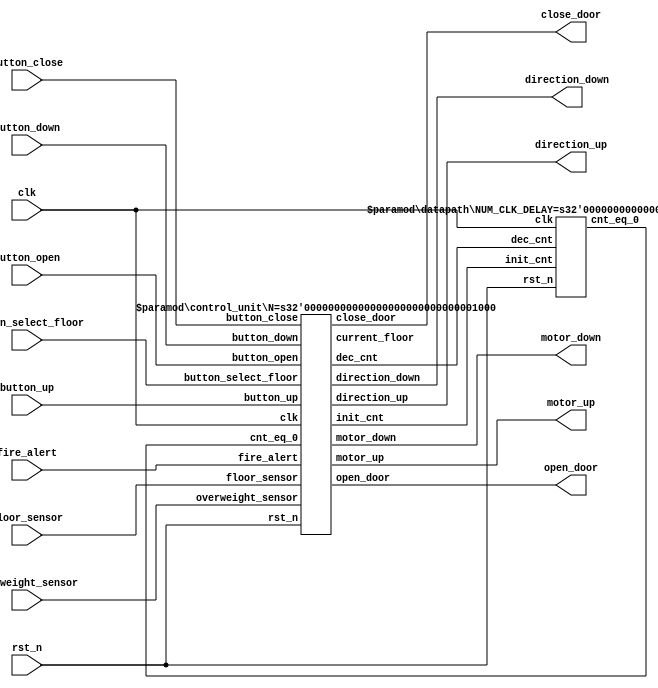
module elevator_controller #(
  parameter N = 8,
  parameter NUM_CLK_DELAY = 1024
  )(
  input                    clk,    // Clock
  input                    rst_n,  // Asynchronous reset active low
  input  [N-1:0]           button_up,
  input  [N-1:0]           button_down,
  input                    button_close,
  input                    button_open,
  input  [N-1:0]           button_select_floor,
  input  [N-1:0]           floor_sensor,
  input                    overweight_sensor,
  input                    fire_alert,
  output                   close_door,
  output                   open_door,
  output                   motor_up,
  output                   motor_down,
  output                   direction_up,
  output                   direction_down
);
wire cnt_eq_0, dec_cnt, init_cnt;
wire [2:0] current_floor;

control_unit #(.N(N)) control_dut(
.clk                (clk),
.rst_n              (rst_n),
.button_up          (button_up),
.button_down        (button_down),
.button_close       (button_close),
.button_open        (button_open),
.button_select_floor(button_select_floor),
.floor_sensor       (floor_sensor),
.overweight_sensor  (overweight_sensor),
.fire_alert         (fire_alert),
.cnt_eq_0           (cnt_eq_0),
.close_door         (close_door),
.open_door          (open_door),
.current_floor      (current_floor),
.motor_up           (motor_up),
.motor_down         (motor_down),
.direction_up       (direction_up),
.direction_down     (direction_down),
.dec_cnt            (dec_cnt),
.init_cnt           (init_cnt)
  );

datapath #(.NUM_CLK_DELAY(NUM_CLK_DELAY)) datapath_dut(
.clk     (clk),
.rst_n   (rst_n),
.dec_cnt (dec_cnt),
.init_cnt(init_cnt),
.cnt_eq_0(cnt_eq_0)
  );

endmodule

module control_unit #(
  parameter N = 8
  )(
  input                         clk,    // Clock
  input                         rst_n,  // Asynchronous reset active low
  input       [N-1:0]           button_up,
  input       [N-1:0]           button_down,
  input                         button_close,
  input                         button_open,
  input       [N-1:0]           button_select_floor,
  input       [N-1:0]           floor_sensor,
  input                         overweight_sensor,
  input                         fire_alert,
  input                         cnt_eq_0,
  output reg                    close_door,
  output reg                    open_door,
  output reg  [$clog2(N)-1:0]   current_floor,
  output reg                    motor_up,
  output reg                    motor_down,
  output reg                    direction_up,
  output reg                    direction_down,
  output reg                    dec_cnt,
  output reg                    init_cnt
);
  localparam  CHECK = 2'b00,
              UP    = 2'b01,
              DOWN  = 2'b10,
              OPEN  = 2'b11;

reg [1:0] state, next_state;
reg rq_at_lower, rq_at_higher, rq_at_curr, up_rq_curr, down_rq_curr;
reg [N-1:0] rq_floor;
reg down_floor, up_floor;
reg [$clog2(N)-1:0] current_floor_reg;
integer i;

always @(posedge clk or negedge rst_n) begin : proc_state
  if(~rst_n) begin
    state <= 0;
  end else begin
    state <= next_state;
  end
end

always @(posedge clk or negedge rst_n) begin : proc_current_floor_reg
  if(~rst_n) begin
    current_floor_reg <= 0;
  end else begin
    if (current_floor_reg != current_floor) begin
      current_floor_reg <= current_floor;
    end
  end
end

always @(*) begin
 if (current_floor == current_floor_reg + 1) begin
   up_floor = 1;
   // direction_up = 1;
 end else begin
  up_floor = 0;
  // direction_up = 0;
 end
 if (current_floor == current_floor_reg - 1) begin
   down_floor = 1;
   // direction_down = 1;
 end else begin 
  down_floor = 0;
  // direction_down = 0;
 end 
end

always @(posedge clk or negedge rst_n) begin : proc_direction_up
  if(~rst_n) begin
    direction_up <= 0;
    direction_down <= 0;
  end 
  else if (up_floor) begin
    if (current_floor != N-1) begin
      direction_up <= 1;
      direction_down <= 0;
    end else begin 
      direction_up <= 0;
      direction_down <= 0;
    end
  end 
  else if (down_floor) begin
    if (current_floor != 0) begin
      direction_up <= 0;
      direction_down <= 1;
    end else begin 
      direction_up <= 0;
      direction_down <= 0;
    end
  end
  else if (direction_up) begin
    if (up_rq_curr | rq_at_higher)begin 
      direction_up <= 1;
      direction_down <= 0;
    end else begin 
      direction_up <= 0;
      direction_down <= 0;
    end
  end
  else if (direction_down) begin
    if (down_rq_curr | rq_at_lower)begin 
      direction_up <= 0;
      direction_down <= 1;
    end else begin 
      direction_up <= 0;
      direction_down <= 0;
    end
  end
  else begin 
    direction_up <= 0;
    direction_down <= 0;
  end
end

always @(*) begin
  for (i = 0; i < N; i=i+1) begin
    if (floor_sensor[i]==1) begin
      current_floor = i;
    end
  end
end

always @(*) begin
  rq_at_curr = 0;
  up_rq_curr = 0;
  down_rq_curr = 0;
  rq_at_lower = 0;
  rq_at_higher = 0;
  for (i = 0; i < N; i=i+1) begin
    rq_floor[i] = button_select_floor[i] | button_up[i] | button_down[i];
  end
  for (i = 0; i < N; i=i+1) begin
    if (rq_floor[i] == 1) begin
      if(current_floor == i) begin 
        rq_at_curr = 1;
        if (button_up[i]) begin
          up_rq_curr = 1;
        end
        if (button_down[i]) begin
          down_rq_curr = 1;
        end
      end
      if(current_floor > i) rq_at_lower = 1;
      if(current_floor < i) rq_at_higher = 1;
    end
  end
end

always @(*) begin
  close_door = 0;
  open_door = 0;
  // direction_up = 0;
  // direction_down = 0;
  motor_up = 0;
  motor_down = 0;
  dec_cnt = 0;
  init_cnt = 0;
  next_state = CHECK;
  case (state)
  CHECK: begin
    if (fire_alert) begin
      next_state = OPEN;
    end
    else if (rq_at_curr) begin
      if (up_rq_curr) begin
        if (direction_down != 1) begin
          next_state = OPEN;
          init_cnt = 1;
        end else if (rq_at_higher) begin
            if (direction_down != 1) begin
              next_state = UP;
            end
        end
        else if (rq_at_lower) begin
            if (direction_up != 1) begin
              next_state = DOWN;
            end else next_state = CHECK;
        end 
      end 
      else if (down_rq_curr) begin
        if (direction_up != 1) begin
          next_state = OPEN;
          init_cnt = 1;
        end else if (rq_at_higher) begin
            if (direction_down != 1) begin
              next_state = UP;
            end
        end
        else if (rq_at_lower) begin
            if (direction_up != 1) begin
              next_state = DOWN;
            end else next_state = CHECK;
        end 
      end 
      else begin 
        next_state = OPEN;
        init_cnt = 1;
      end 
    end 
    else if (rq_at_higher) begin
        if (direction_down != 1) begin
          next_state = UP;
        end
    end
    else if (rq_at_lower) begin
        if (direction_up != 1) begin
          next_state = DOWN;
        end else next_state = CHECK;
    end 
    else begin 
        next_state = CHECK;
    end
  end
  OPEN: begin 
    close_door = 0;
    open_door = 1;
    if (overweight_sensor) begin
      next_state = OPEN;
    end else if (button_open) begin
      next_state = OPEN;
    end else if (button_close) begin
      close_door = 1;
      open_door = 0;
      next_state = CHECK;
    end else if (cnt_eq_0) begin
      close_door = 1;
      open_door = 0;
      next_state = CHECK;
    end else begin 
      dec_cnt = 1;
      next_state = OPEN;
    end
  end
  UP: begin 
    // direction_up = 1;
    motor_up = 1;
    if (up_floor) begin
      next_state = CHECK;
    end else next_state = UP;
  end
  DOWN: begin 
    // direction_down = 1;
    motor_down = 1;
    if (down_floor) begin
      next_state = CHECK;
    end else next_state = DOWN;
  end
  endcase
end
endmodule

module datapath #(
  parameter NUM_CLK_DELAY = 1024
  )(
  input clk,
  input rst_n,
  input dec_cnt,
  input init_cnt,
  output cnt_eq_0
);
reg [NUM_CLK_DELAY-1:0] cnt;

always @(posedge clk or negedge rst_n) begin
  if(~rst_n) begin
    cnt <= 0;
  end else begin
    if (init_cnt) begin
      cnt <= NUM_CLK_DELAY;
    end else if (dec_cnt) begin
      cnt <= cnt - 1;
    end
  end
end
assign cnt_eq_0 = cnt==0;
endmodule